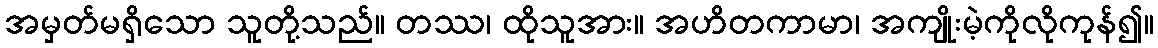
အမှတ်မရှိသော သူတို့သည်။ တဿ၊ ထိုသူအား။ အဟိတကာမာ၊ အကျိုးမဲ့ကိုလိုကုန်၍။